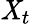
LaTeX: \mathit{X}_{t}